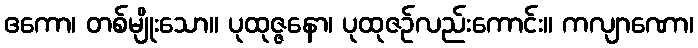
ဧကော၊ တစ်မျိုးသော။ ပုထုဇ္ဇနော၊ ပုထုဇဉ်လည်းကောင်း။ ကလျာဏော၊